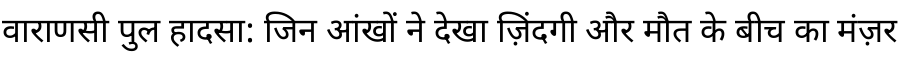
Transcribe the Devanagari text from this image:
वाराणसी पुल हादसा: जिन आंखों ने देखा ज़िंदगी और मौत के बीच का मंज़र